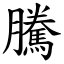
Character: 騰